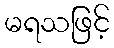
မရသဖြင့်